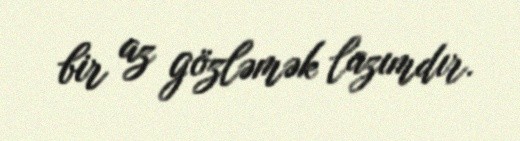
bir az gözləmək lazımdır.